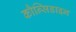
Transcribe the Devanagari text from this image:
कौन्सिडाइन